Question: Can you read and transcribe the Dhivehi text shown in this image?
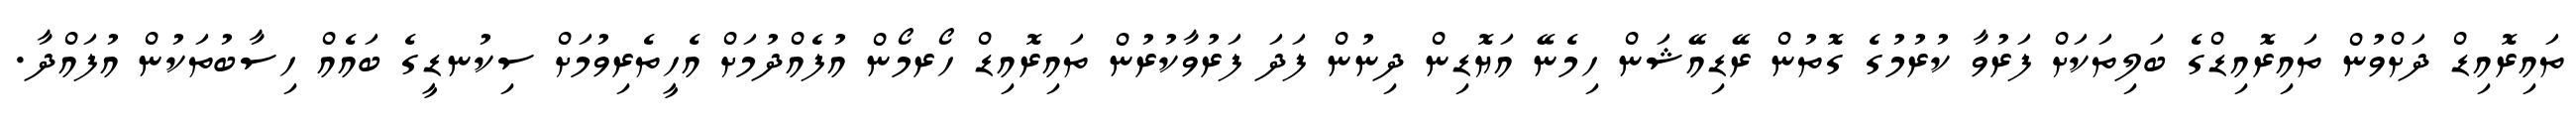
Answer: ތައިރޮއިޑް ދަށްވުން ތައިރޮއިޑްގެ ބަލިތަކަށް ފަރުވާ ކުރުމުގެ ގޮތުން ރޭޑިއޭޝަން ހިމެނޭ އަޔޮޑިން ދިނުން ފަދަ ފަރުވާކުރުން ތައިރޮއިޑް ހޯރމޯން އުފެއްދުމަށް އެހީތެރިވުމަށް ސިކުނޑީގެ ބައެއް ހިސާބުތަކުން އުފައްދާ.